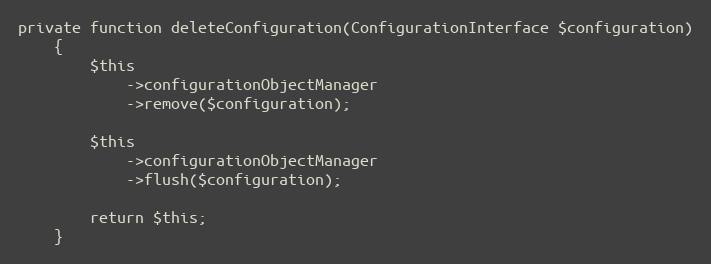
Language: PHP
private function deleteConfiguration(ConfigurationInterface $configuration)
    {
        $this
            ->configurationObjectManager
            ->remove($configuration);

        $this
            ->configurationObjectManager
            ->flush($configuration);

        return $this;
    }